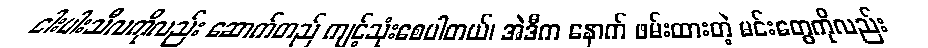
ငါးပါးသီလကိုလည်း ဆောက်တည် ကျင့်သုံးစေပါတယ်၊ အဲဒီက နောက် ဖမ်းထားတဲ့ မင်းတွေကိုလည်း